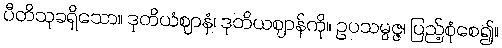
ပီတိသုခရှိသော။ ဒုတိယံဈာနံ၊ ဒုတိယဈာန်ကို။ ဥပသမ္ပဇ္ဇ၊ ပြည့်စုံစေ၍။